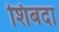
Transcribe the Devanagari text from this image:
शिबदा